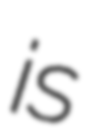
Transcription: is